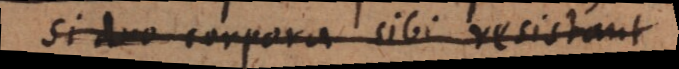
Si duo corpora sibi resistant